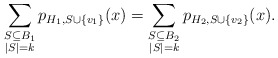
\begin{align*}\sum_{\substack{S\subseteq B_1\\|S|=k}}p_{H_1,S\cup\{v_1\}}(x)=\sum_{\substack{S\subseteq B_2\\|S|=k}}p_{H_2,S\cup\{v_2\}}(x).\end{align*}